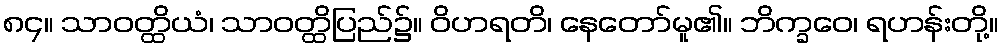
၈၄။ သာဝတ္ထိယံ၊ သာဝတ္ထိပြည်၌။ ဝိဟရတိ၊ နေတော်မူ၏။ ဘိက္ခဝေ၊ ရဟန်းတို့။